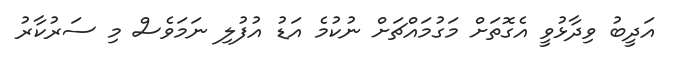
އަދީބު ވިދާޅުވީ އެގޮތަށް މަގުމައްޗަށް ނުކުމެ އަޑު އުފުލި ނަމަވެސް މި ސަރުކާރު